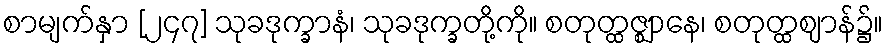
စာမျက်နှာ [၂၄၇] သုခဒုက္ခာနံ၊ သုခဒုက္ခတို့ကို။ စတုတ္ထဇ္ဈာနေ၊ စတုတ္ထဈာန်၌။